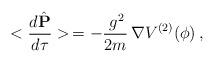
LaTeX: \begin{align*}<\frac{d\hat{{\mathbf P}}}{d\tau}>\,= -\frac{\,g^2}{2m}\,{\mathbf \nabla} V^{(2)}(\phi)\,,\end{align*}